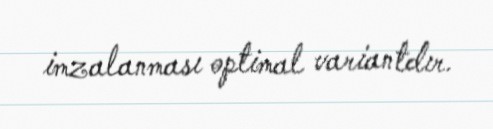
imzalanması optimal variantdır.